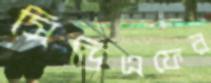
সিডিএফের